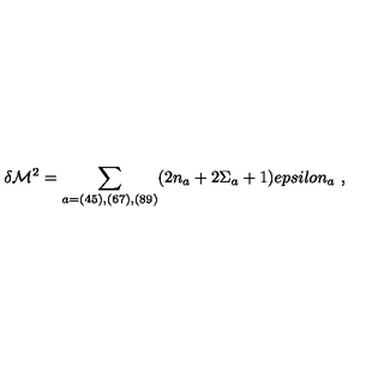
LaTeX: \delta { \cal M } ^ { 2 } = \sum _ { a = ( 4 5 ) , ( 6 7 ) , ( 8 9 ) } ( 2 n _ { a } + 2 \Sigma _ { a } + 1 ) e p s i l o n _ { a } \ ,